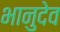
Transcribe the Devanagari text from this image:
भानुदेव